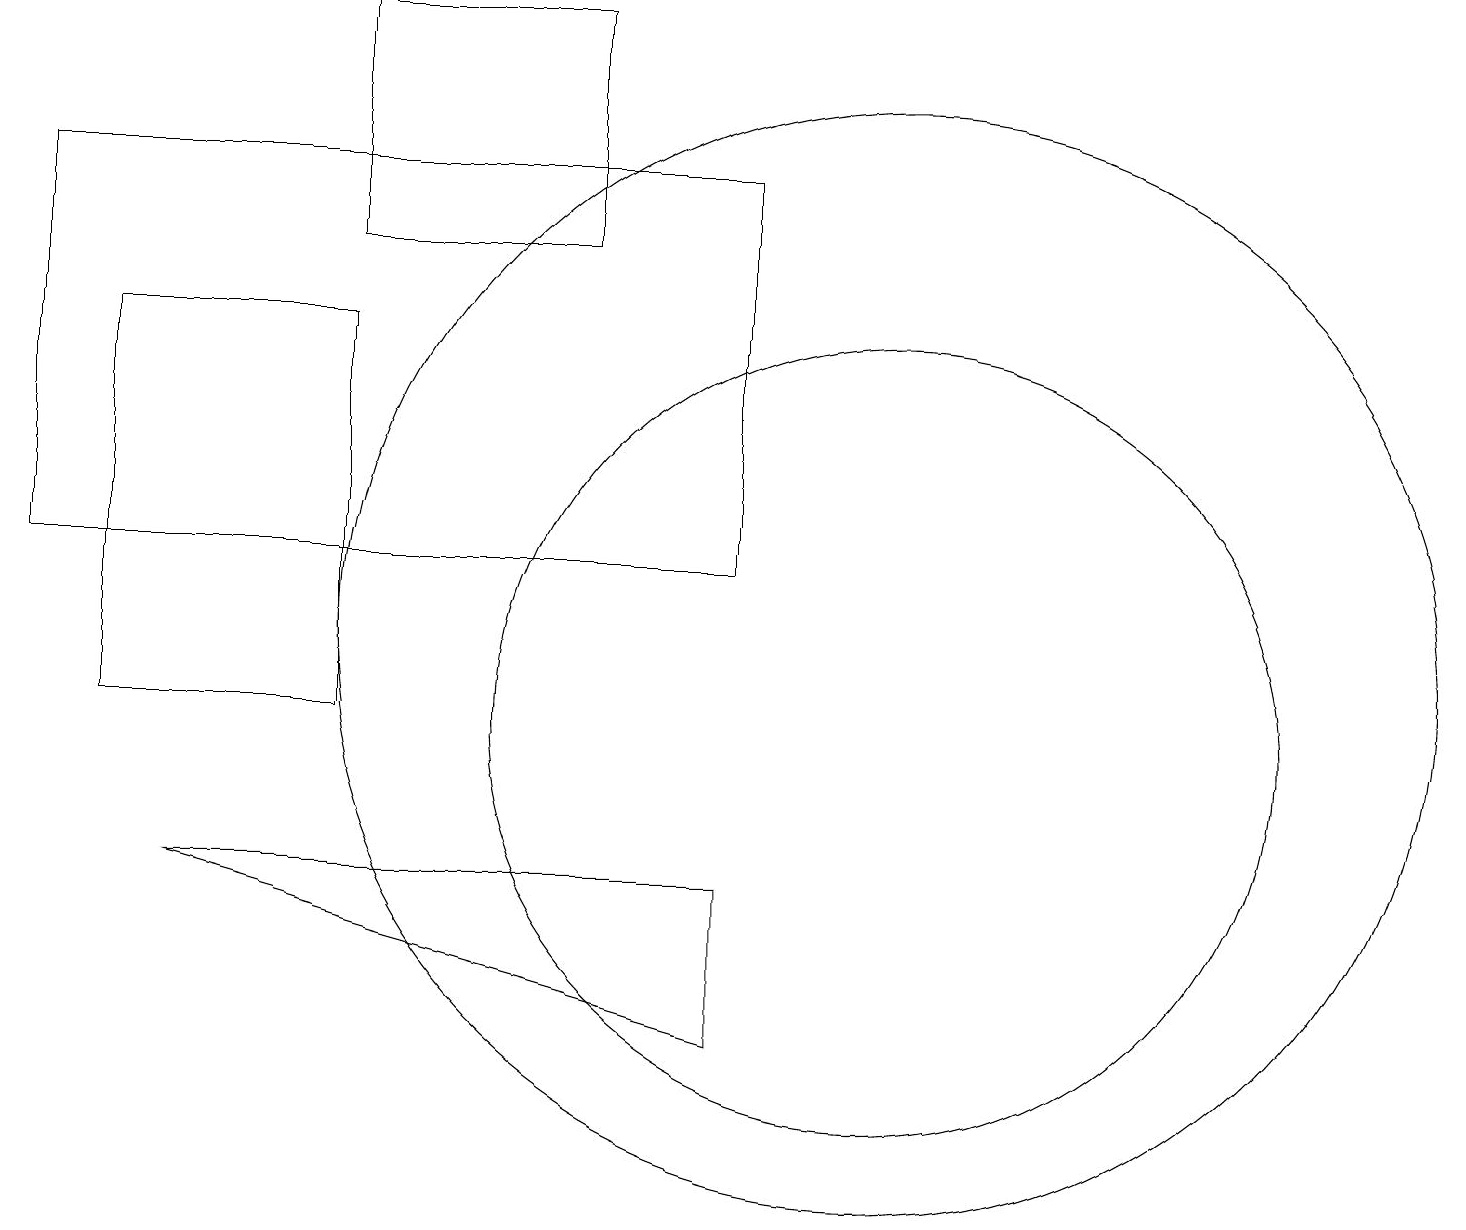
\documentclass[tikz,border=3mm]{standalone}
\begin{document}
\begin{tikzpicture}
\draw (11,10) circle (5);
\draw (0,12) rectangle (9,17);
\draw (7,19) rectangle (4,16);
\draw (11,11) circle (7);
\draw (2,8) -- (9,6) -- (9,8) -- cycle;
\draw (1,15) rectangle (4,10);
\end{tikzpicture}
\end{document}